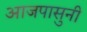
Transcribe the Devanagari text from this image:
आजपासुनी